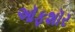
ઑફશૉર